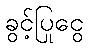
ခွင့်ပြုငွေ